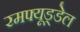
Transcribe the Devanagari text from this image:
रमफ्यूड्डेल